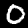
Label: 0